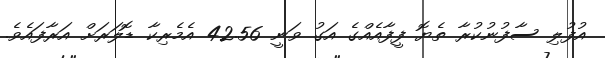
އުފުލި ސާފުނުކުރާ ތެޔޮ ފީފާއެއްގެ އަގު ވަނީ 42.56 އެމެރިކާ ޑޮލަރަށް އަރާފައެވެ.